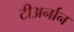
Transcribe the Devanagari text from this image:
टीअर्नान